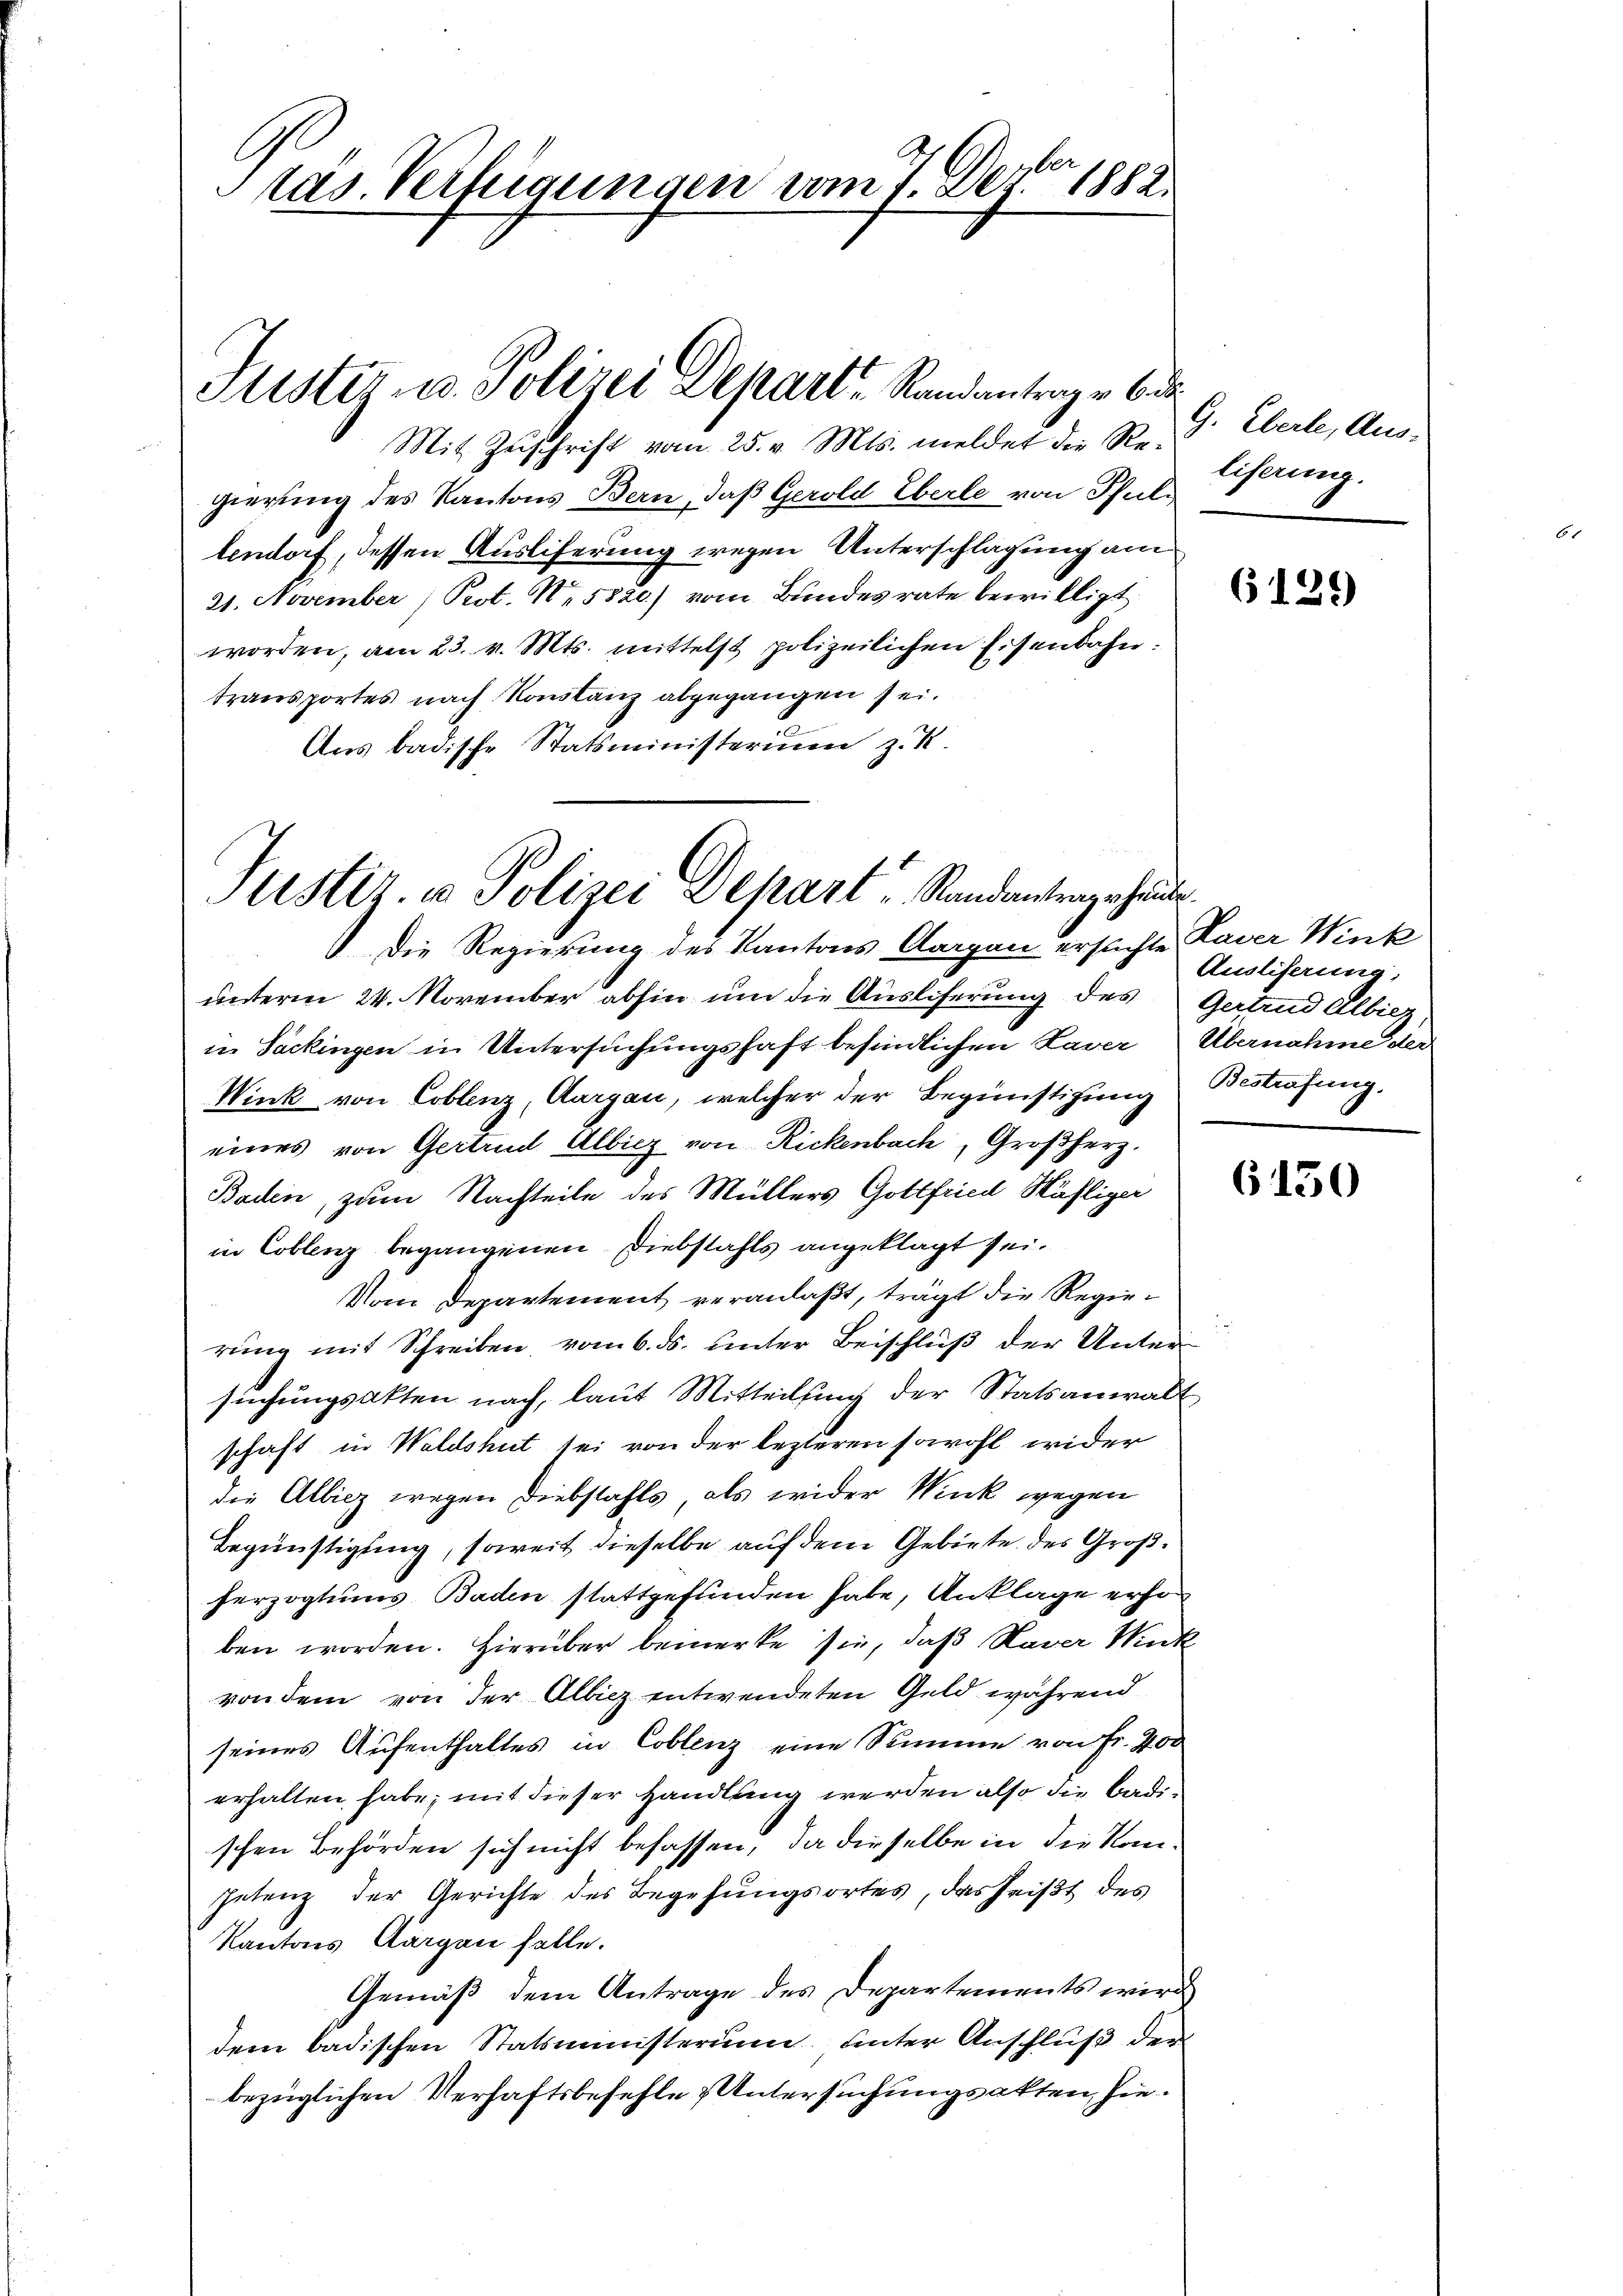
tas. Verfügungen vom 7. Dero 1888

Mit Zuschrift vom 25. v. Mts. meldet die Regierung des Kantons Bern, daß Gerold Eberle von Pfullendorf, dessen Ausliferung wegen Unterschlagung am
21. November, Prot. N. 5820) vom Bundesrate bewilligt.
worden, am 23. v. Mts. mittelst polizeilichen Eisenbahn.
transportes nach Konstanz abgegangen sei.
Ans badische Statsministerium z. K.

Fister- u. Polizei Depart, Randantrag u. badi

Justiz- u Polizei Depart u. Randantrage hunde.

Die Regierung des Kantons Aargau ersuchte
unterm 24. November abhin um die Auslieferung des Gertrud Albiez,
in Sackingen in Untersuchungshaft befindlichen Laver Übernahme der
Wink von Coblenz, Aargau, welcher der Begünstigung Bestrafung,
eines von Gertrud Albieg von Rickenbach, Großherz.
Baden, zum Nachteile des Müllers Gottfried Wähliger
in Coblenz begangenen Diebstahls angeklagt sei.
Vom Departement veranlaßt, trägt die Regierung mit Schreiben, vom 6. ds. unter Beischluß der Unter
sŭchŭngsakten nach, laut Mitteilung der Statsanwalt
schaft in Waldshut sei von der lezteren sowohl wider
die Allicz wegen Diebstahls, als wider Wink wegen
Begünstigung, soweit dieselbe auf dem Gebiete des Großherzogtums Baden stattgefunden habe, Anklage erho
ben worden. Hierüber bemerke sie, daß Haver Mik
von dem von der Albicz entwendeten Geld, während
seines Aufenthaltes in Coblenz eine Summe von Fr. 400
erhalten habe; mit dieser Handlung werden also die Badischen Behörden sich nicht befassen, da dieselbe in die Konpetenz der Gerichte des Begehungsortes, das heißt des
Kantons Aargau felle.
Gemäß dem Antrage des Departements wird
dem badischen Statsministerium unter Anschluß der
bezüglichen Verhaftsbefehle & Untersuchungsakten, hie¬

G. Eberle, Aus-
liferung.

6129

Haver Wink
Ausliserung;

6150